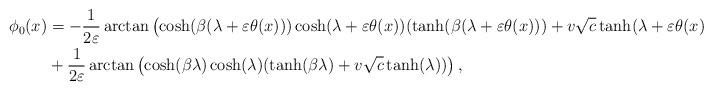
LaTeX: \begin{align*}\phi_0(x)&=-\dfrac{1}{2\varepsilon}\arctan\left(\cosh(\beta(\lambda+\varepsilon\theta(x)))\cosh(\lambda+\varepsilon \theta(x))(\tanh(\beta(\lambda+\varepsilon \theta(x)))+v\sqrt{c}\tanh(\lambda+\varepsilon \theta(x)))\right)\\& +\dfrac{1}{2\varepsilon}\arctan\left(\cosh(\beta\lambda)\cosh(\lambda)(\tanh(\beta\lambda)+v\sqrt{c}\tanh(\lambda))\right), \end{align*}